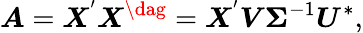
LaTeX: \boldsymbol{A}=\boldsymbol{X}^{'}\boldsymbol{X}^{\dag}=\boldsymbol{X}^{'}\boldsymbol{V}\boldsymbol{\Sigma}^{-1}\boldsymbol{U}^{*},